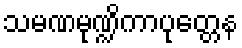
သမဏမုဏ္ဍိကာပုတ္တေန